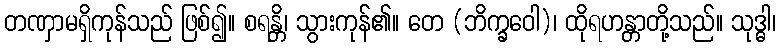
တဏှာမရှိကုန်သည် ဖြစ်၍။ စရန္တိ၊ သွားကုန်၏။ တေ (ဘိက္ခဝေါ)၊ ထိုရဟန္တာတို့သည်။ သုဒ္ဓါ၊